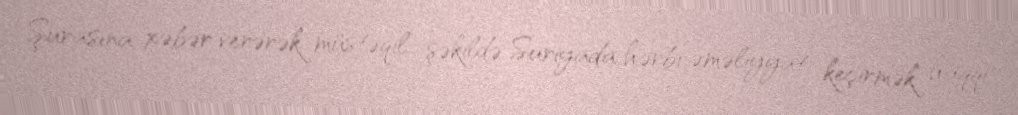
Şurasına xəbər verərək müstəqil şəkildə Suriyada hərbi əməliyyat keçirmək haqqı